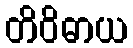
တိဝိဓာယ